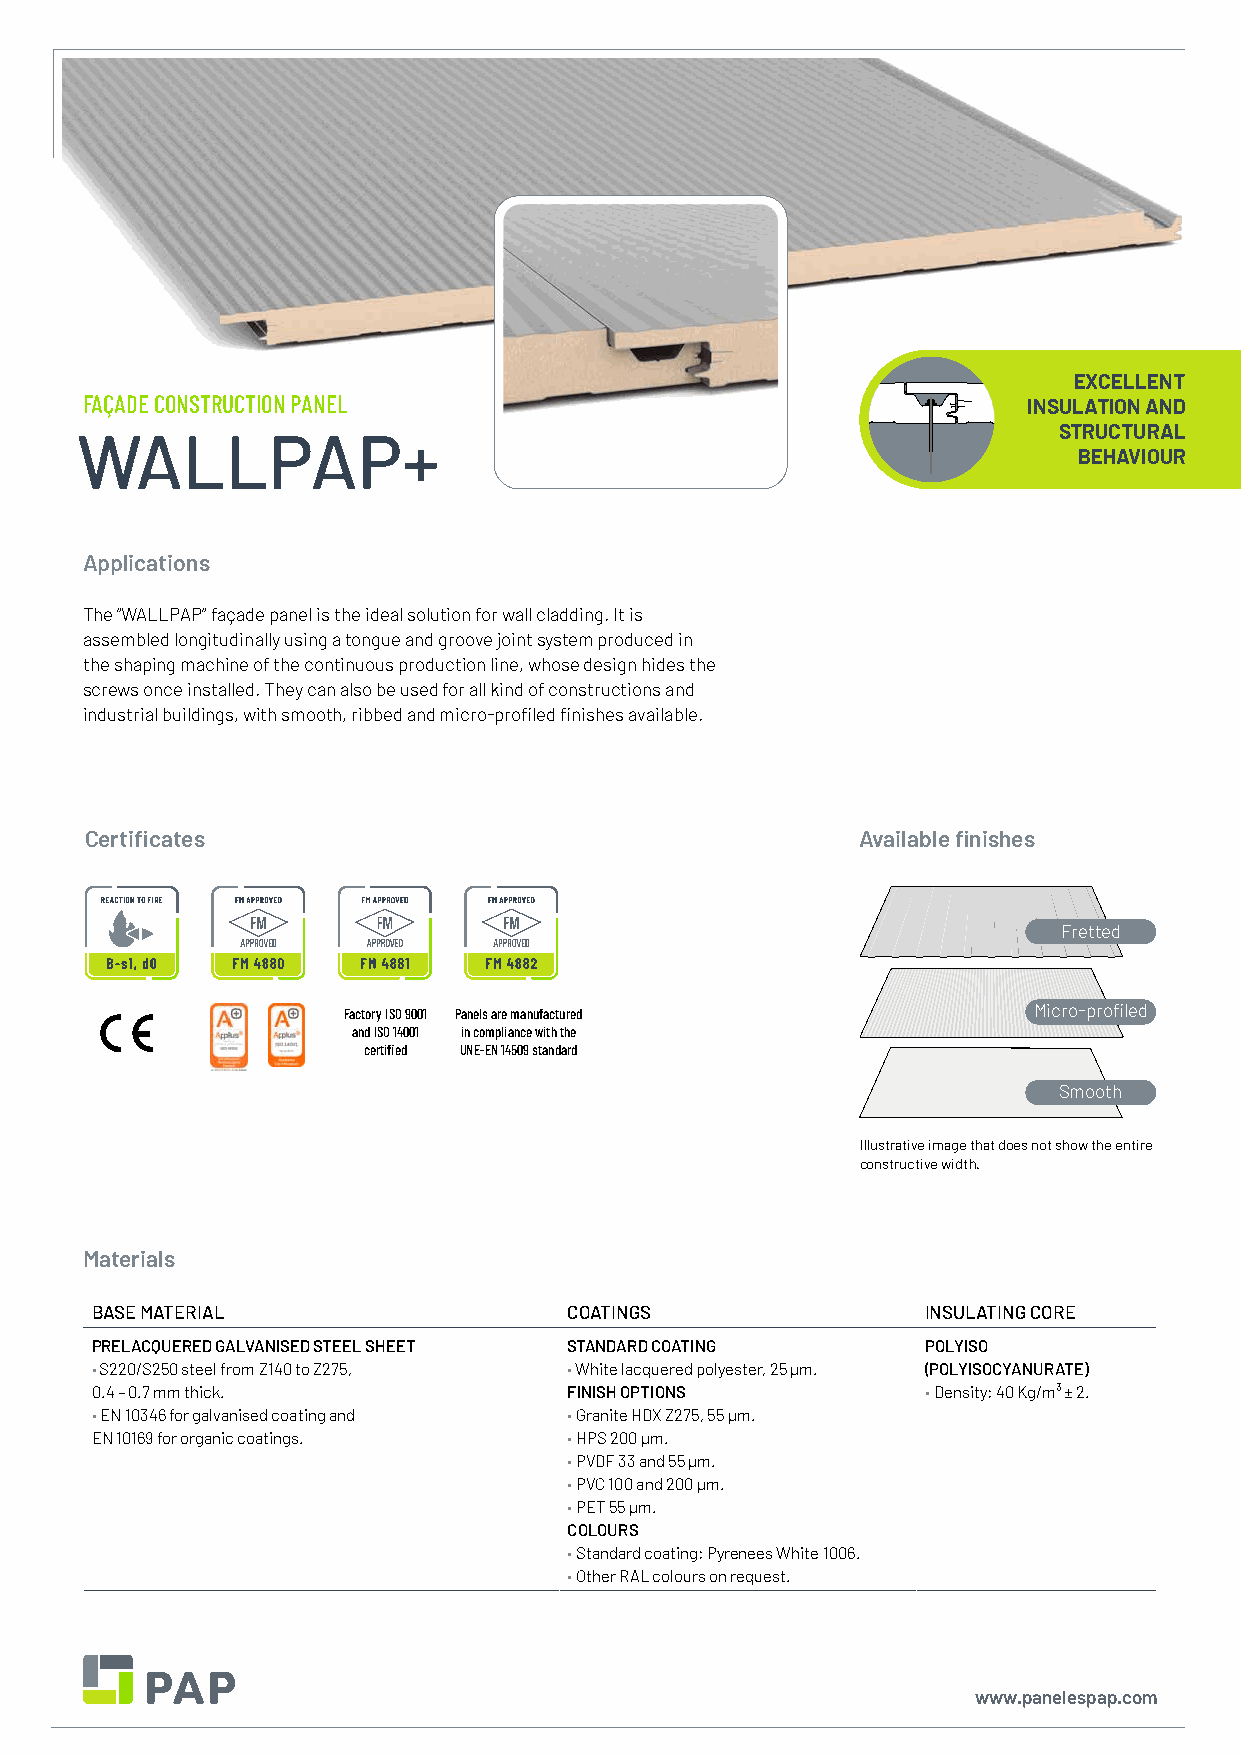
EXCELLENT
 FAÇADE CONSTRUCTION PANEL                                      INSULATION AND
 STRUCTURAL
 WALLPAP+
 BEHAVIOUR
 Applications
 The “WALLPAP” façade panel is the ideal solution for wall cladding. It is
 assembled longitudinally using a tongue and groove joint system produced in
 the shaping machine of the continuous production line, whose design hides the
 screws once installed. They can also be used for all kind of constructions and
 industrial buildings, with smooth, ribbed and micro-profiled finishes available.
 Certificates                                       Available finishes
 Fretted
 Factory ISO 9001 Panels are manufactured     Micro-profiled
 and ISO 14001 in compliance with the
 certified UNE-EN 14509 standard
 Smooth
 Illustrative image that does not show the entire
 constructive width.
 Materials
 BASE MATERIAL                   COATINGS               INSULATING CORE
 PRELACQUERED GALVANISED STEEL SHEET STANDARD COATING   POLYISO
 • S220/S250 steel from Z140 to Z275, • White lacquered polyester, 25 μm. (POLYISOCYANURATE)
 0.4 – 0.7 mm thick.             FINISH OPTIONS         • Density: 40 Kg/m³ ± 2.
 • EN 10346 for galvanised coating and • Granite HDX Z275, 55 μm.
 EN 10169 for organic coatings.  • HPS 200 μm.
 • PVDF 33 and 55 μm.
 • PVC 100 and 200 μm.
 • PET 55 μm.
 COLOURS
 • Standard coating: Pyrenees White 1006.
 • Other RAL colours on request.
 www.panelespap.com